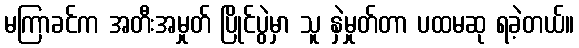
မကြာခင်က အတီးအမှုတ် ပြိုင်ပွဲမှာ သူ နှဲမှုတ်တာ ပထမဆု ရခဲ့တယ်။